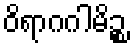
ဝိရာဂဂါမိဉ္စ